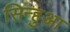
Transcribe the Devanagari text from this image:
सिन्हुआ